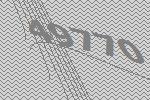
49770